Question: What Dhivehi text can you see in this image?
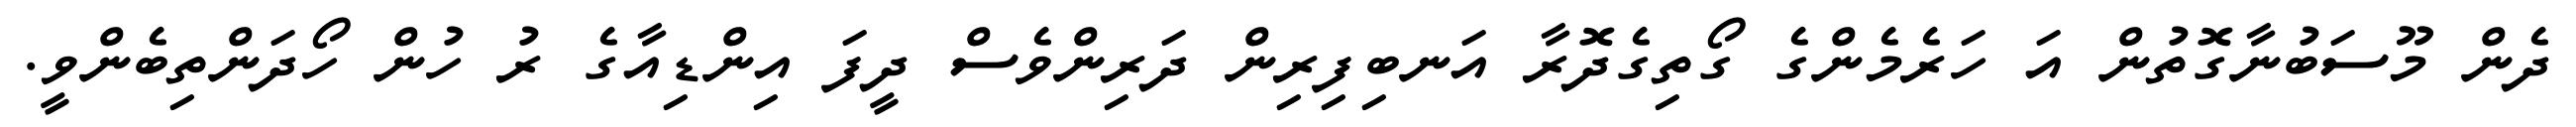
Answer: ދެން މޫސަބުނާގޮތުން އަ ހަރެމެންގެ ގޯތިގެދޮރާ އަނބިފިރިން ދަރިންވެސް ދީފަ އިންޑިއާގެ ރު ހުން ހޯދަންތިބެންވީ.